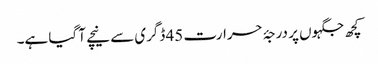
کچھ جگہوں پر درجۂ حرارت 45 ڈگری سے نیچے آ گیا ہے۔